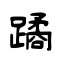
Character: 蹫